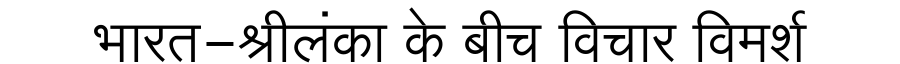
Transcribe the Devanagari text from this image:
भारत-श्रीलंका के बीच विचार विमर्श